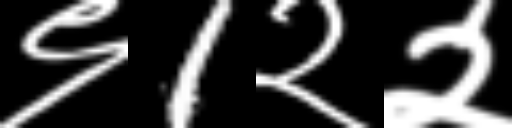
Text: ९1२२